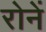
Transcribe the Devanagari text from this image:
रोनें